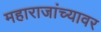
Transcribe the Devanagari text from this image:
महाराजांच्यावर